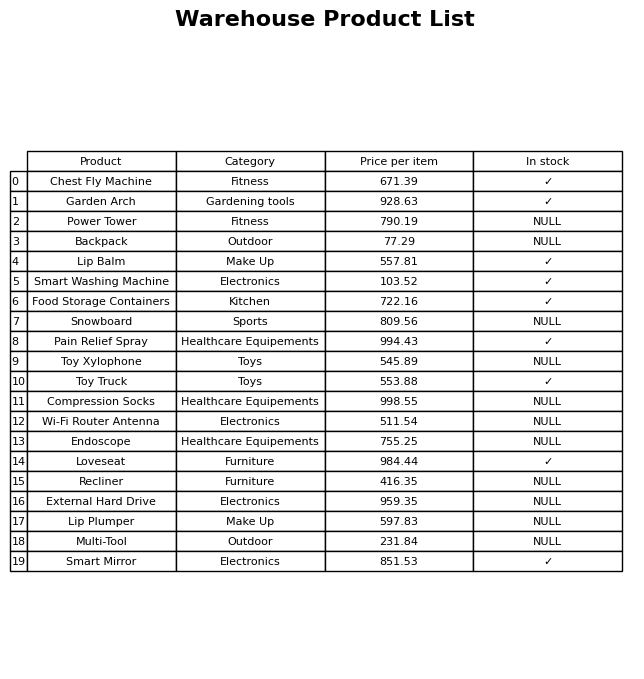
question: What is the price for Multi-Tool?
answer: The price of Multi-Tool is 231.84.